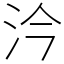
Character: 汵